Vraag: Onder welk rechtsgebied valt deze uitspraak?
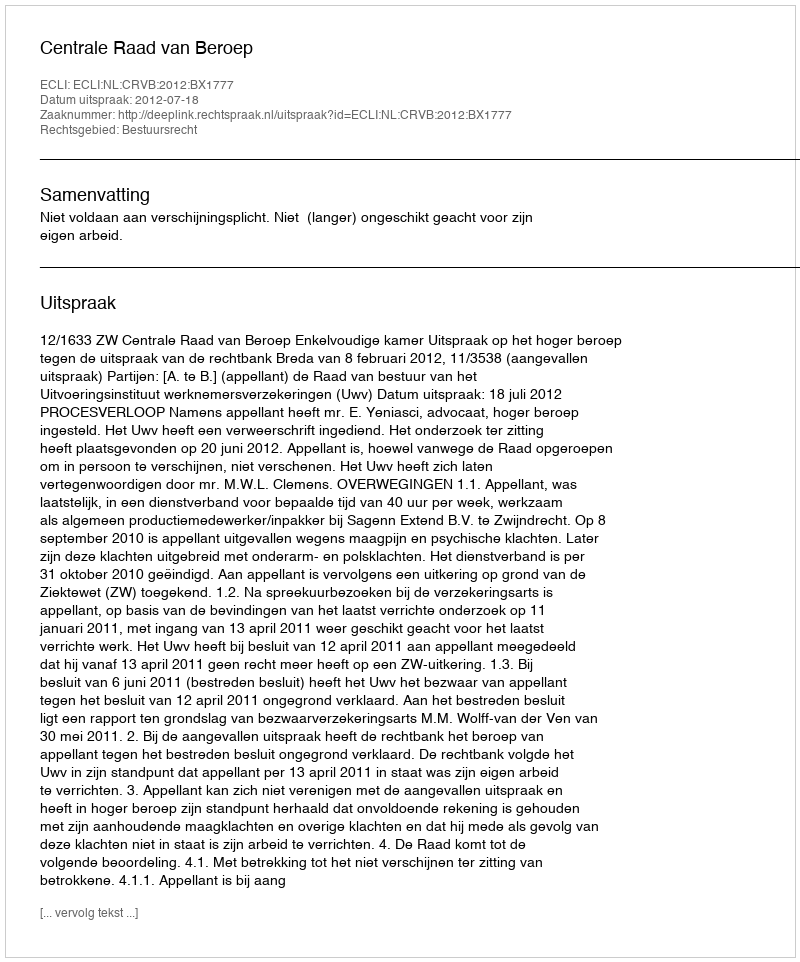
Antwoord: Bestuursrecht